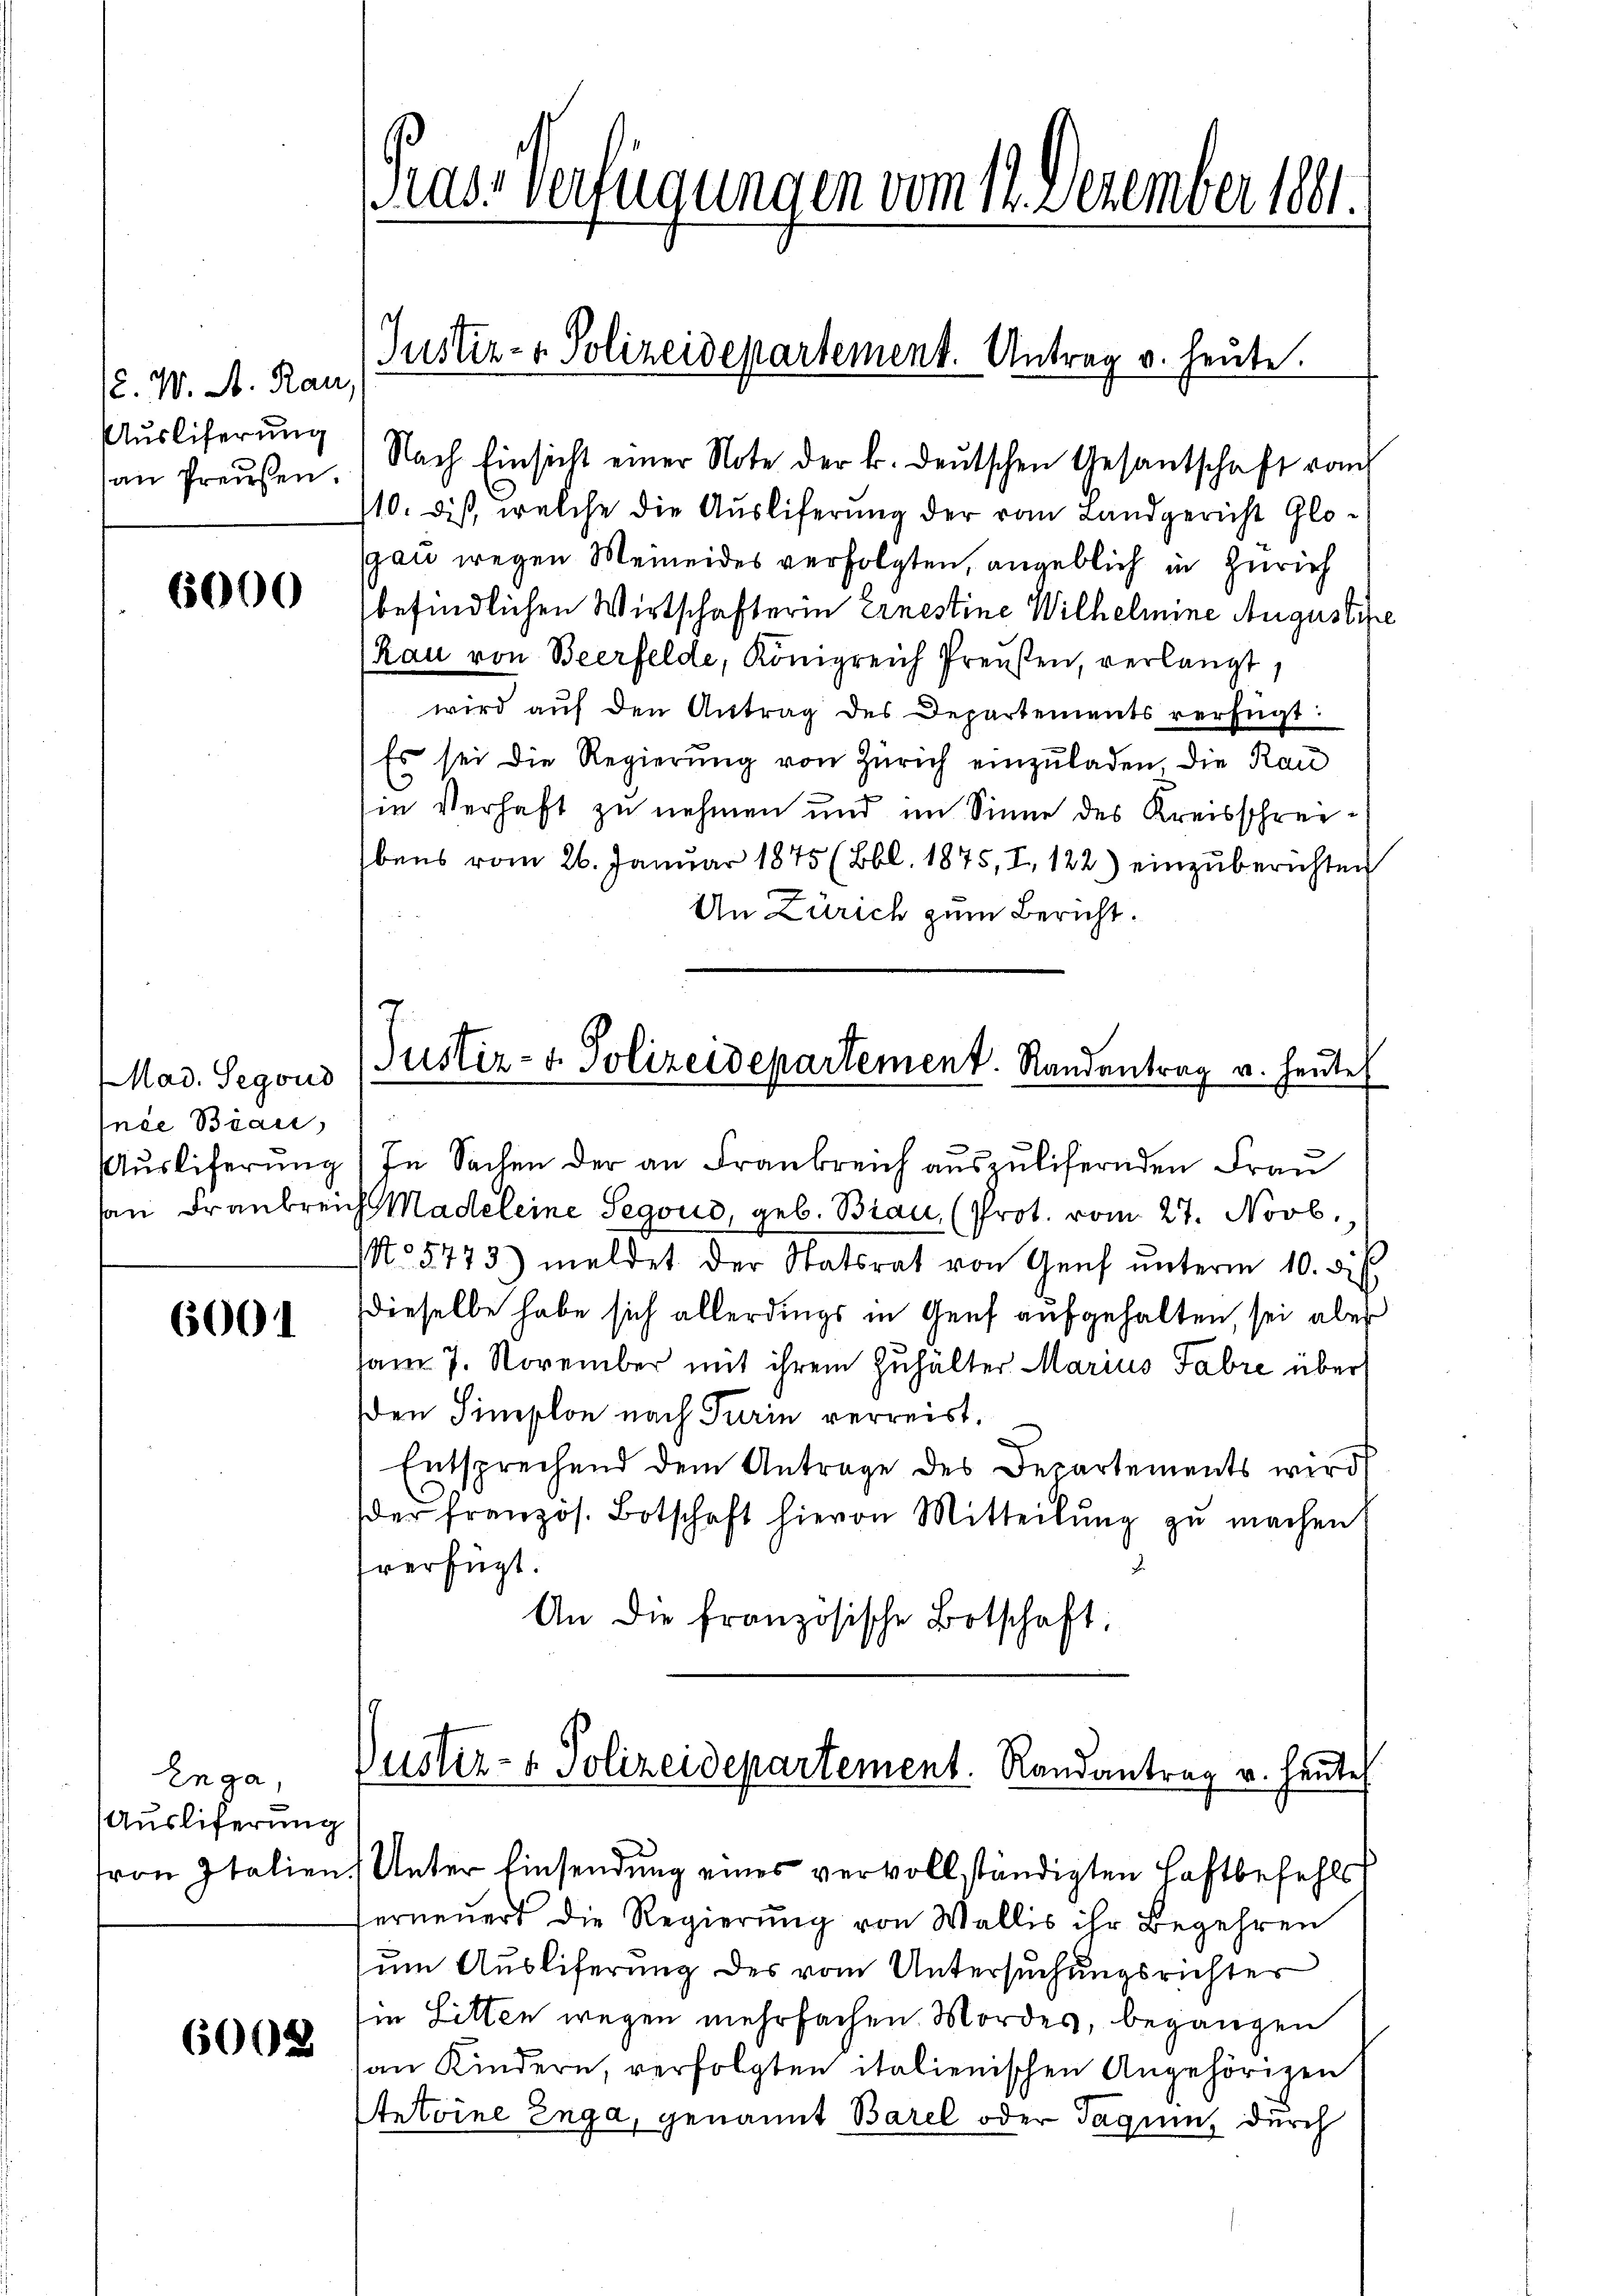
(. W. A. Rau,
Auslieferung
an Preußen.

6000

Mad. Segoud
nce Bian,
Auslieferung

6001

Enga,
Ausliferung

6002.

rass Verfügungen vom 12. Dezember 1801.

Nach Einsicht einer Note der k. deŭtschen Gesantschaft vom
710. dieß, welche die Ausliferung der vom Landgericht Glogau wegen Meineides verfolgten, angeblich in Zürich
befindlichen Wirtschafterin Ernestine Wilhelmine Augustife
(Rau von Beerfelde, Königreich Preußen, verlangt.
wird auf den Antrag des Departements verfügt:
Es sei die Regierung von Zürich einzuladen, die Rau
sie Verhaft zu nehmen und im Sinne des Kreisschrei¬
Ebens vom 26. Januar 1875 (Bbl. 1875, I, 122) einzuberichten
An Zürich zum Bericht.
(Justiz- & Polizeidepartement. Randantrag v. heute
In Sachen der an Frankreich auszulifernden Frau
san Frankreich Madeleine Segoud, geb. Biau, (Prot. vom 27. Novb.,
No 5773) meldet der Statsrat von Genf ŭnterm 10. d. h.
dieselbe habe sich allerdings in Genf aufgehalten, sei aber
ham 7. November mit ihrem Zuhälter Marius Fabre über
den Simplon nach Turin verreist.
Entsprechend dem Antrage des Departements wird
der französ. Botschaft hievon Mitteilŭng zŭ machen
fverfügt.
An die französische Botschaft,

Justiz- & Polizeidepartement. Antrag v. heute.

Dustiz- & Polizeidepartement. Randantrag v. heute
von Italien, Unter Einsendung eines vervollständigten Haftbefehls

erneŭert die Regierŭng von Wallis ihr Begehren
um Ausliferung des vom Untersuchungsrichter
in Litten wegen mehrfachen. Mordes, begangen
an Kindern, verfolgten italienischen Angehörigen
Antoine Enga, genannt Barel oder Jaquinz durch